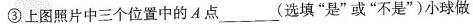
③上图照片中三个位置中的A点___(选填”是”或”不是”)小球做